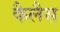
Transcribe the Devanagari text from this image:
कैलैस